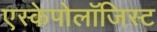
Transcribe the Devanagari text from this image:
एस्केपोलॉजिस्ट